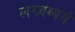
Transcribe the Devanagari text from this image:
लग्ज़म्बर्ग